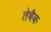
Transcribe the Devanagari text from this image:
तेबैक